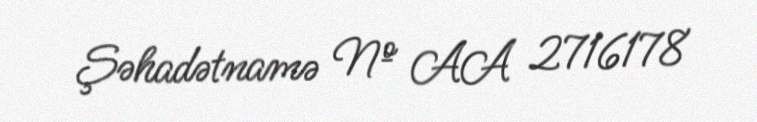
Şəhadətnamə № AA 2716178